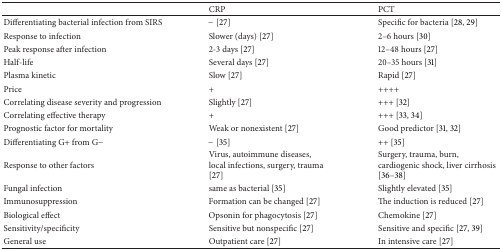
<table><thead><tr><td><b> </b></td><td><b>CRP</b></td><td><b>PCT</b></td></tr></thead><tbody><tr><td>Differentiating bacterial infection from SIRS</td><td>− [27]</td><td>Specific for bacteria [28, 29]</td></tr><tr><td>Response to infection</td><td>Slower (days) [27]</td><td>2–6 hours [30]</td></tr><tr><td>Peak response after infection</td><td>2-3 days [27]</td><td>12–48 hours [27]</td></tr><tr><td>Half-life</td><td>Several days [27]</td><td>20–35 hours [31]</td></tr><tr><td>Plasma kinetic</td><td>Slow [27]</td><td>Rapid [27]</td></tr><tr><td>Price</td><td>+</td><td>++++</td></tr><tr><td>Correlating disease severity and progression</td><td>Slightly [27]</td><td>+++ [32]</td></tr><tr><td>Correlating effective therapy</td><td>+</td><td>+++ [33, 34]</td></tr><tr><td>Prognostic factor for mortality</td><td>Weak or nonexistent [27]</td><td>Good predictor [31, 32]</td></tr><tr><td>Differentiating G+ from G−</td><td>− [35]</td><td>++ [35]</td></tr><tr><td>Response to other factors</td><td>Virus, autoimmune diseases, local infections, surgery, trauma [27]</td><td>Surgery, trauma, burn, cardiogenic shock, liver cirrhosis [36–38]</td></tr><tr><td>Fungal infection</td><td>same as bacterial [35]</td><td>Slightly elevated [35]</td></tr><tr><td>Immunosuppression</td><td>Formation can be changed [27]</td><td>The induction is reduced [27]</td></tr><tr><td>Biological effect</td><td>Opsonin for phagocytosis [27]</td><td>Chemokine [27]</td></tr><tr><td>Sensitivity/specificity</td><td>Sensitive but nonspecific [27]</td><td>Sensitive and specific [27, 39]</td></tr><tr><td>General use</td><td>Outpatient care [27]</td><td>In intensive care [27]</td></tr></tbody></table>